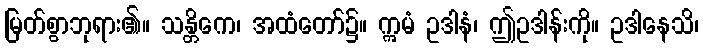
မြတ်စွာဘုရား၏။ သန္တိကေ၊ အထံတော်၌။ ဣမံ ဥဒါနံ၊ ဤဥဒါန်းကို။ ဥဒါနေသိ၊